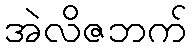
အဲလိဇဘက်